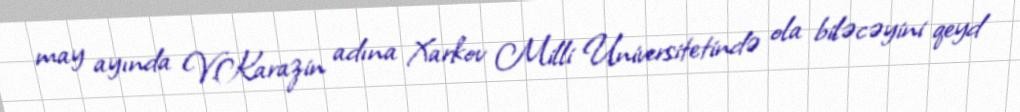
may ayında V.Karazin adına Xarkov Milli Universitetində ola biləcəyini qeyd